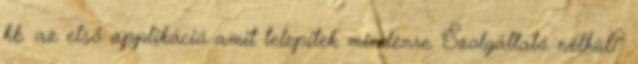
kb. az első applikáció amit telepítek mindenre. Szolgáltató nélkül?